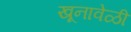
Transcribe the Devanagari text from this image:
खूनावेळी